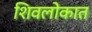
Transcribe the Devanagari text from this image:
शिवलोकात